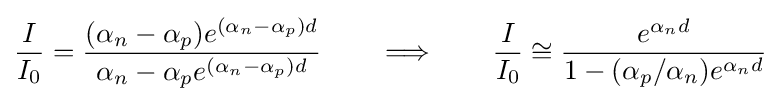
{\frac {I}{I_{0}}}={\frac {(\alpha _{n}-\alpha _{p})e^{(\alpha _{n}-\alpha _{p})d}}{\alpha _{n}-\alpha _{p}e^{(\alpha _{n}-\alpha _{p})d}}}\qquad \Longrightarrow \qquad {\frac {I}{I_{0}}}\cong {\frac {e^{\alpha _{n}d}}{1-({\alpha _{p}/\alpha _{n}})e^{\alpha _{n}d}}}